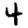
Digit: 4